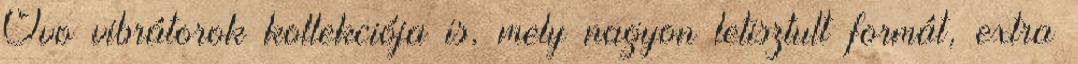
Ovo vibrátorok kollekciója is, mely nagyon letisztult formát, extra